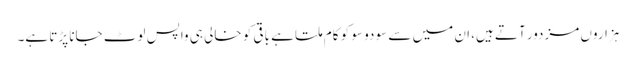
ہزاروں مزدور آتے ہیں، ان میں سے سو دو سو کو کام ملتا ہے باقی کو خالی ہی واپس لوٹ جانا پڑتا ہے۔